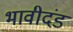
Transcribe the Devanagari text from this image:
भावीदंड